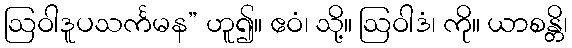
ဩဝါဒူပသင်္ကမန” ဟူ၍။ ဧဝံ၊ သို့။ ဩဝါဒံ၊ ကို။ ယာစန္တိ၊